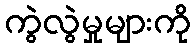
ကွဲလွဲမှုများကို